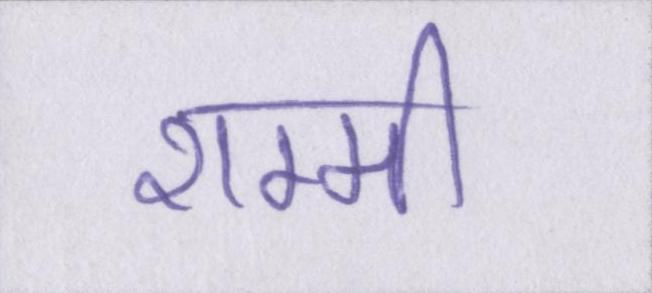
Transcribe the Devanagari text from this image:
शम्मी